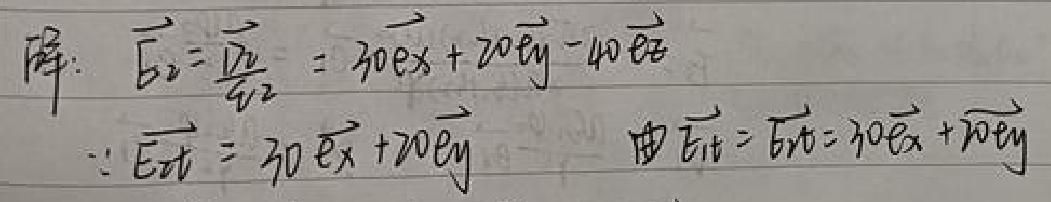
解：$\vec{E}_2=\frac{\vec{D}_2}{\epsilon_2}=30\vec{e}_x +20\vec{e}_y-40\vec{e}_z$

$\therefore\vec{E}_{tt}=\vec{E}_{tt}=30\vec{e}_x +20\vec{e}_y$